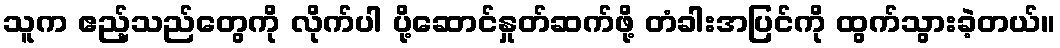
သူက ဧည့်သည်တွေကို လိုက်ပါ ပို့ဆောင်နှုတ်ဆက်ဖို့ တံခါးအပြင်ကို ထွက်သွားခဲ့တယ်။